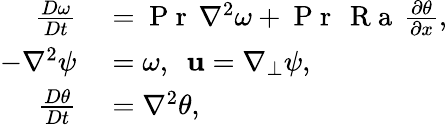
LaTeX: \begin{array}{rl}{\frac{D\omega}{Dt}}&{{}=\mathrm{~P~r~}{}\, \nabla^{2}\omega+\mathrm{~P~r~}{}\, \mathrm{~R~a~}{}\, \frac{\partial\theta}{\partial x},}\\ {-\nabla^{2}\psi}&{{}=\omega,\ \ \mathbf{u}=\nabla_{\perp}\psi,}\\ {\frac{D\theta}{Dt}}&{{}=\nabla^{2}\theta,}\end{array}